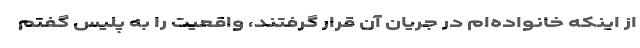
از اینکه خانواده‌ام در جریان آن قرار گرفتند، واقعیت را به پلیس گفتم